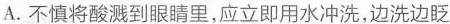
A.不慎将酸溅到眼睛里，应立即用水冲洗，边洗边眨